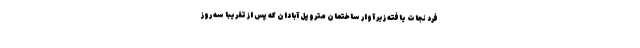
فرد نجات یافته زیر آوار ساختمان متروپل آبادان که پس از تقریبا سه روز